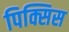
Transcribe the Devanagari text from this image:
पिक्सिस